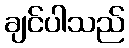
ချင်ပါသည်